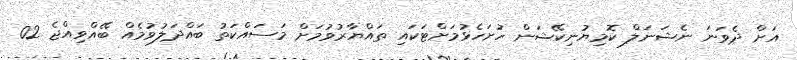
އަށް ދެވަނަ ނެޝަނަލް ކޮމިޔުނިކޭޝަން ހުށަހެޅުމަށްޓަކައި ތައްޔާރުވުމަށް މަސައްކަތު ބައްދަލުވުމެއް ބޭއްވިއްޖެ 02